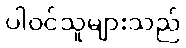
ပါဝင်သူများသည်